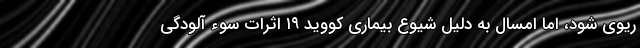
ریوی شود، اما امسال به دلیل شیوع بیماری کووید ۱۹ اثرات سوء آلودگی